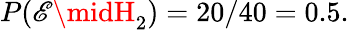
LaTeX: P(\mathscr{E}\midH_{2})=20/40=0.5.